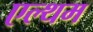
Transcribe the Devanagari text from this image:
एल्थम